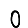
Digit: 0